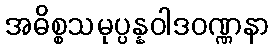
အဓိစ္စသမုပ္ပန္နဝါဒဝဏ္ဏနာ